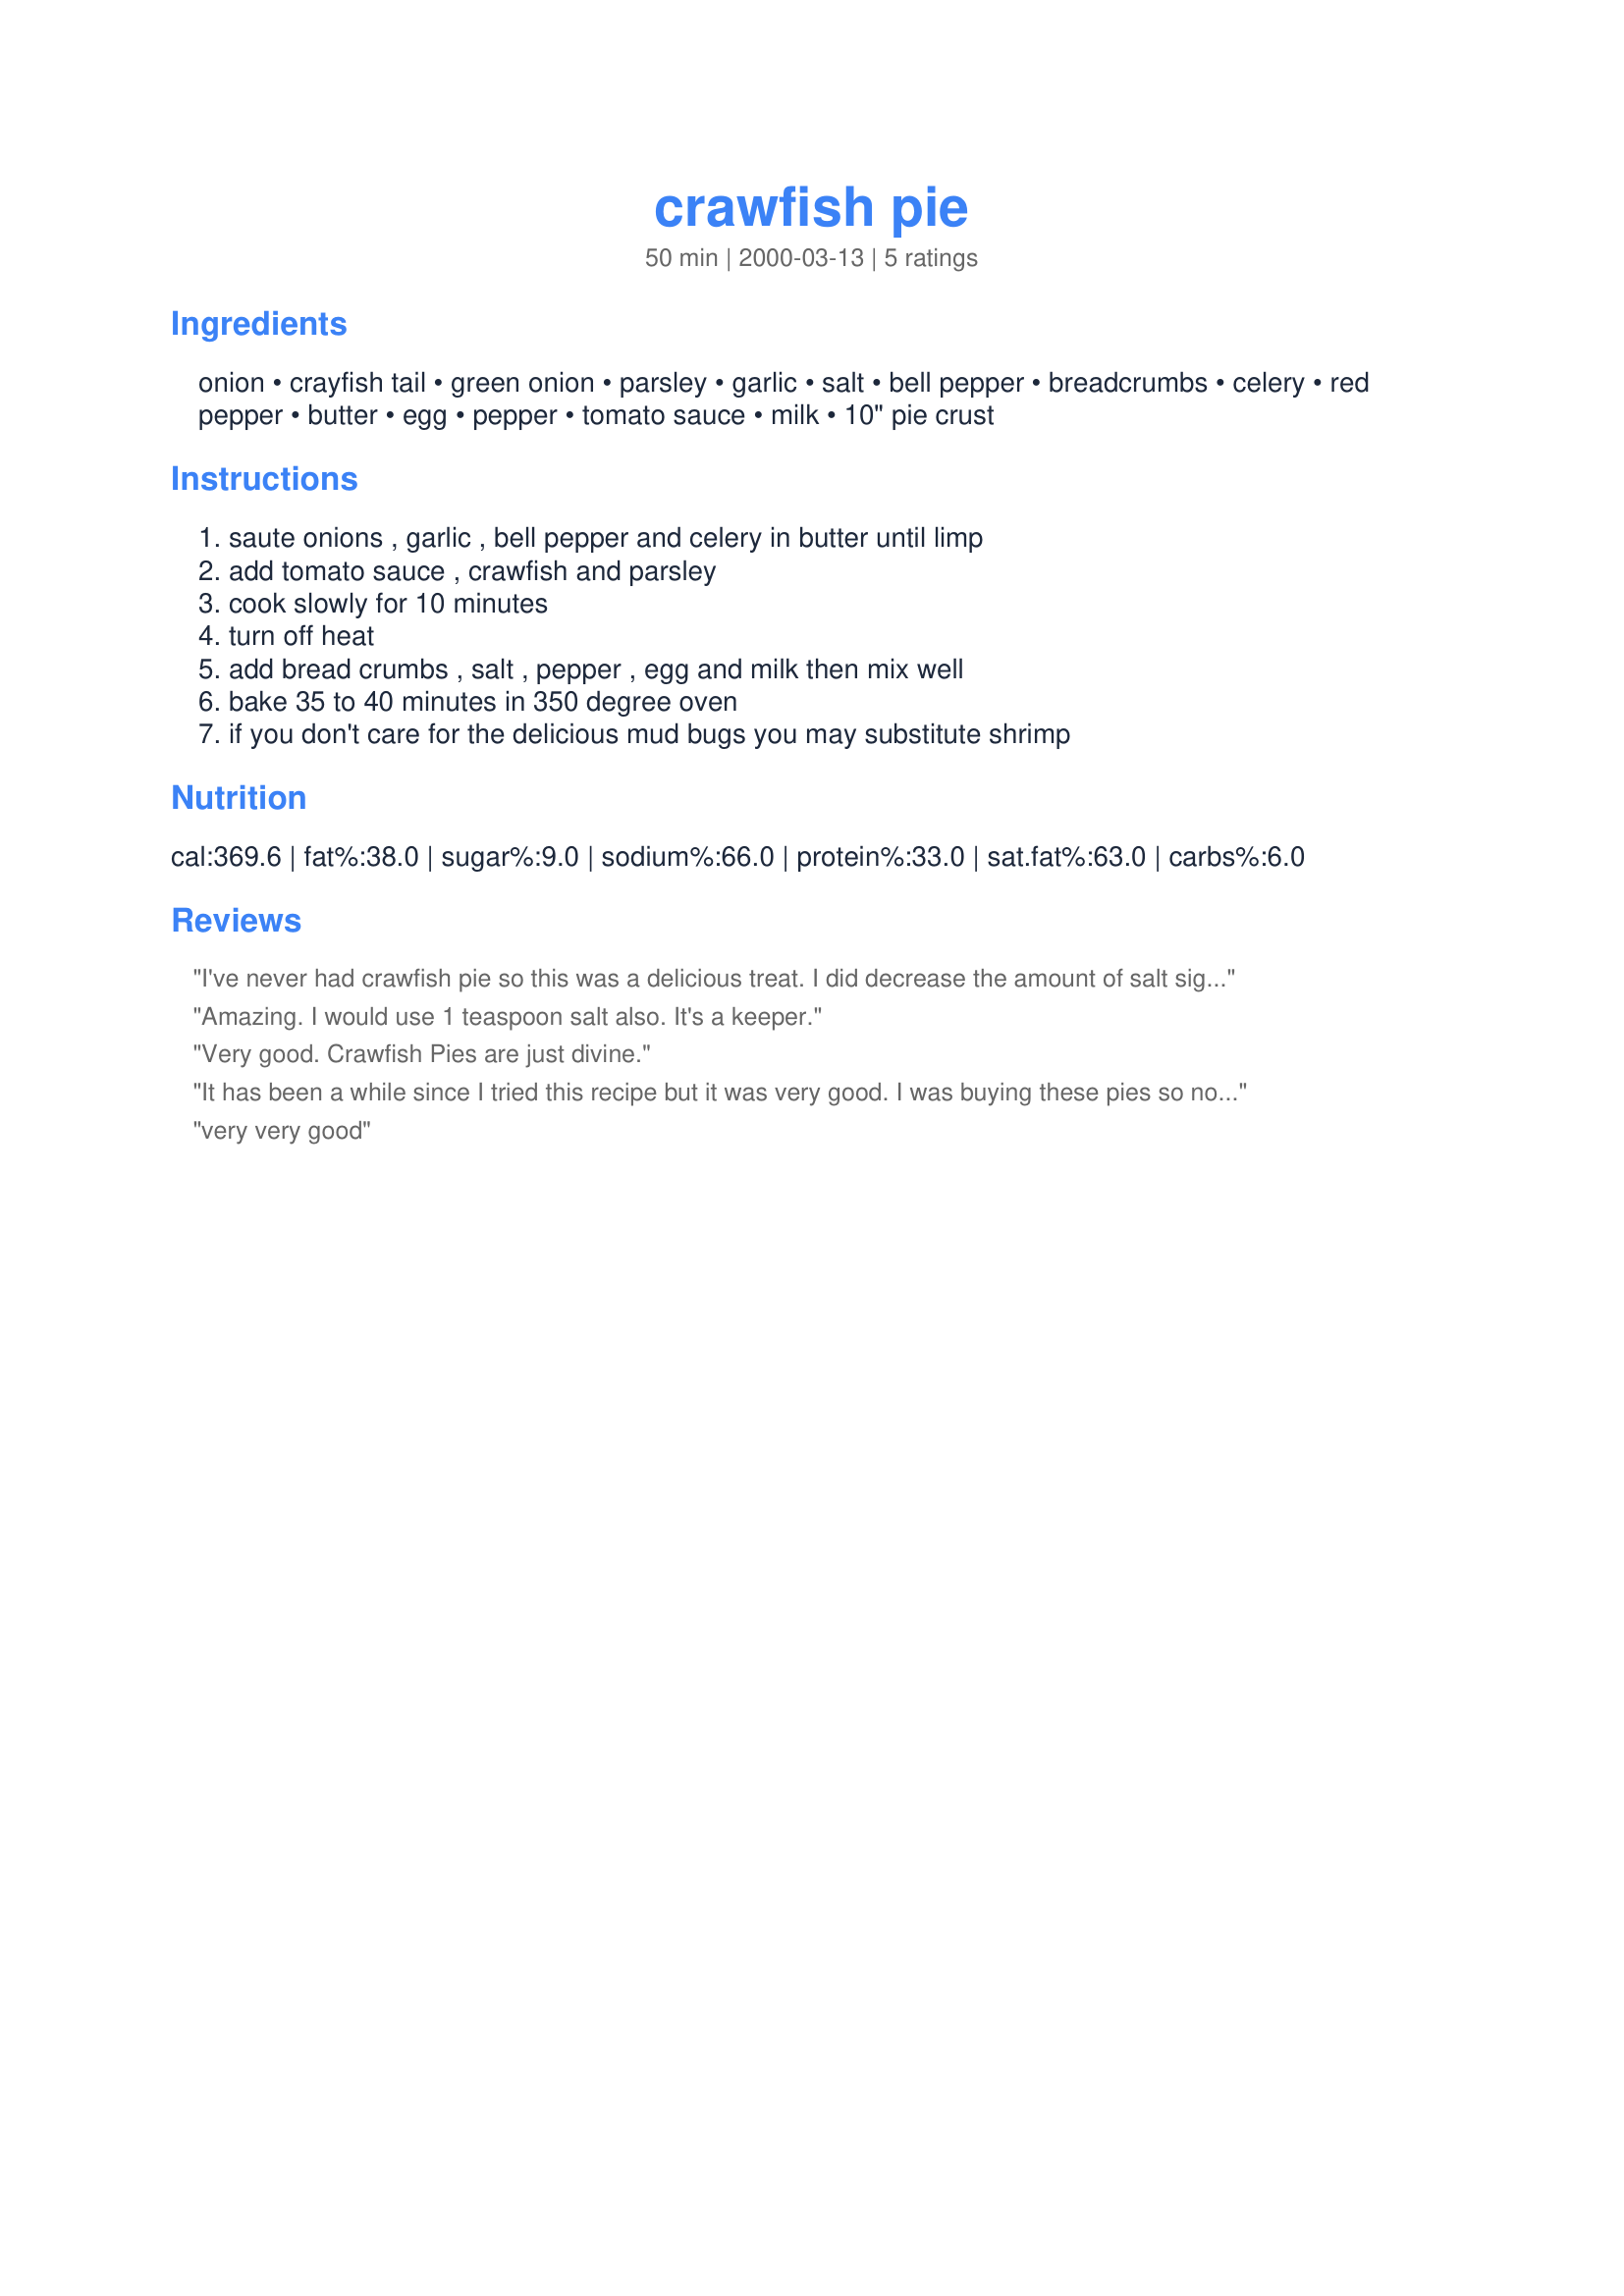
crawfish pie
Preparation time: 50 minutes

Ingredients:
onion, crayfish tail, green onion, parsley, garlic, salt, bell pepper, breadcrumbs, celery, red pepper, butter, egg, pepper, tomato sauce, milk, 10" pie crust

Steps:
saute onions , garlic , bell pepper and celery in butter until limp, add tomato sauce , crawfish and parsley, cook slowly for 10 minutes, turn off heat, add bread crumbs , salt , pepper , egg and milk then mix well, bake 35 to 40 minutes in 350 degree oven, if you don't care for the delicious mud bugs you may substitute shrimp

Reviews:
I've never had crawfish pie so this was a delicious treat. I did decrease the amount of salt significantly to just 1 tsp rather than a tablespoon.
Amazing. I would use 1 teaspoon salt also. It's a keeper.
Very good.
Crawfish Pies are just divine.
It has been a while since I tried this recipe but it was very good. I was buying these pies so now I can make them myself.
very very good
